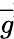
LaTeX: \overrightarrow{g}